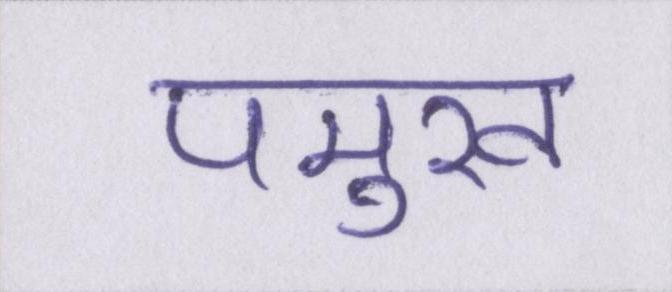
पमुख